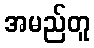
အမည်တူ